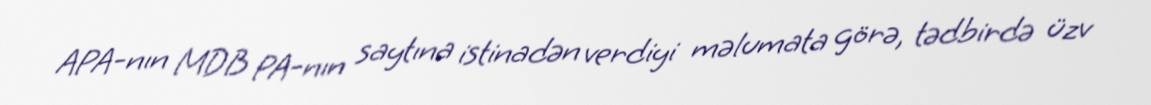
APA-nın MDB PA-nın saytına istinadən verdiyi məlumata görə, tədbirdə üzv